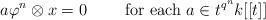
LaTeX: \begin{align*}a\varphi^n\otimes x=0\quad\quad\mbox{ for each }a\in t^{q^n}k[[t]]\end{align*}